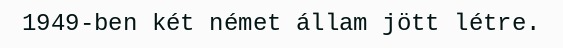
1949-ben két német állam jött létre.